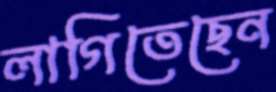
লাগিতেছেন